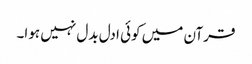
قرآن میں کوئی ادل بدل نہیں ہوا۔